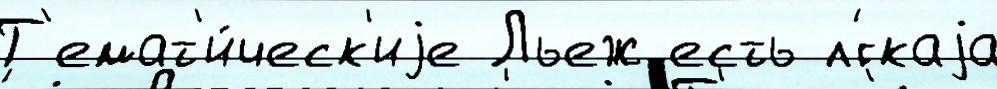
Т'емат'и́ческ'иjе Льеж есть л'́гкаjа